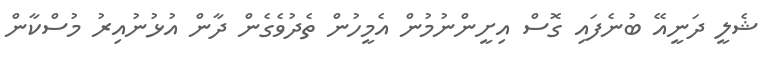
ޝެލީ ދަނީއޭ ބުނެފައި ގޮސް އިށީންނުމުން އެމީހުން ތެދުވެގެން ދާން އުޅުނުއިރު މުސްކާން